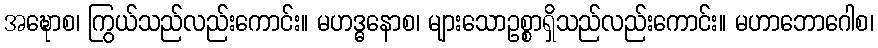
အဍ္ဎောစ၊ ကြွယ်သည်လည်းကောင်း။ မဟဒ္ဓနောစ၊ များသောဥစ္စာရှိသည်လည်းကောင်း။ မဟာဘောဂေါစ၊